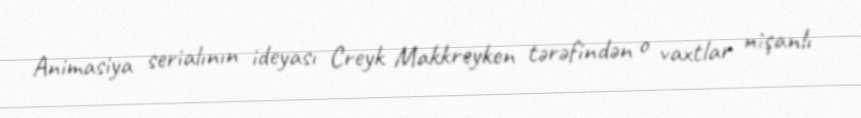
Animasiya serialının ideyası Creyk Makkreyken tərəfindən o vaxtlar nişanlı